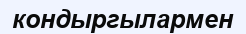
кондыргылармен